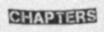
CHAPTERS